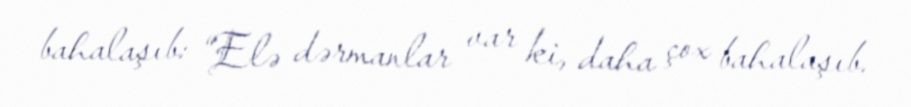
bahalaşıb: “Elə dərmanlar var ki, daha çox bahalaşıb.